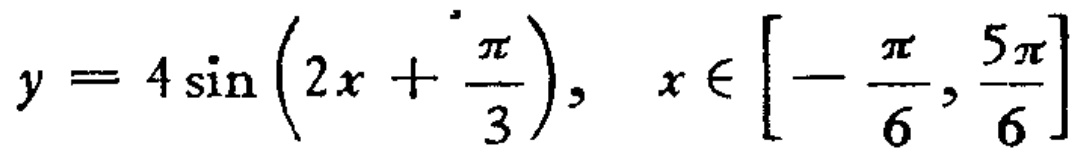
\(y = 4\sin\left(2x+\frac{\pi}{3}\right),\ x\in\left[-\frac{\pi}{6},\frac{5\pi}{6}\right]\)